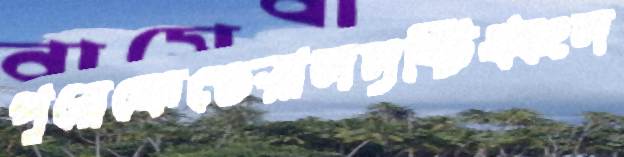
পূরেফেডেরালসৃষ্টিধ্বংস